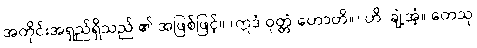
အတိုင်းအရှည်ရှိသည် ၏ အဖြစ်ဖြင့်။ (ဣဒံ ဝုတ္တံ ဟောတိ။) ဟိ၊ ချဲ့အံ့။ တေသု